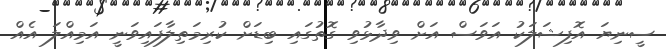
ސީނިޔަ އޮފިޝަލަކު އަވަސް އަށް ވިދާޅުވި ގޮތުގައި ބިޑަށް ކުރިމަތިލާފައިވަނީ އަމިއްލަ އެއް